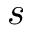
s